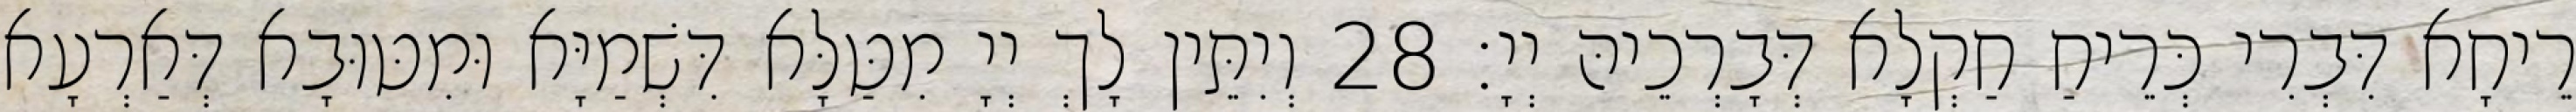
רֵיחָא דִּבְרִי כְּרֵיחַ חַקְלָא דְּבָרְכֵיהּ יְיָ׃ 28 וְיִתֵּין לָךְ יְיָ מִטַּלָּא דִּשְׁמַיָּא וּמִטּוּבָא דְּאַרְעָא